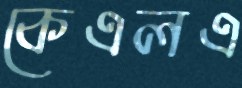
কেএলএ